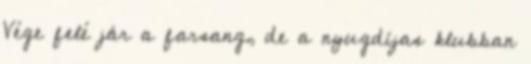
Vége felé jár a farsang, de a nyugdíjas klubban